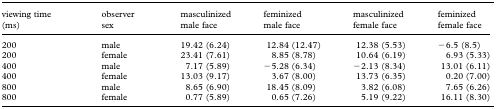
| viewing time (ms) | observer sex | masculinized male face | feminized male face | masculinized female face | feminized female face |
 | --- | --- | --- | --- | --- | --- |
 | 200 | male | 19.42 (6.24) | 12.84 (12.47) | 12.38 (5.53) | −6.5 (8.5) |
 | 200 | female | 23.41 (7.61) | 8.85 (8.78) | 10.64 (6.19) | 6.93 (5.33) |
 | 400 | male | 7.17 (5.89) | −5.28 (6.34) | −2.13 (8.34) | 13.01 (6.11) |
 | 400 | female | 13.03 (9.17) | 3.67 (8.00) | 13.73 (6.35) | 0.20 (7.00) |
 | 800 | male | 8.65 (6.90) | 18.45 (8.09) | 3.82 (6.08) | 7.65 (6.26) |
 | 800 | female | 0.77 (5.89) | 0.65 (7.26) | 5.19 (9.22) | 16.11 (8.30) |